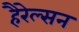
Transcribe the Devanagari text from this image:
हैरेल्सन